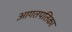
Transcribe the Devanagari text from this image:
आगतपतिका